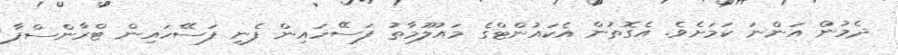
ދެމުން އަންނަ ކަމަށެވެ. އެގޮތުން އެކައުންޓްގެ މައުލޫމާތު ފަސޭހައިން ފެނި ފަސޭހައިން ޓްރާންސްފާ